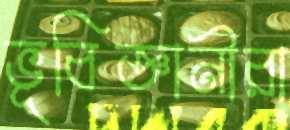
ভূবিজ্ঞানীরা